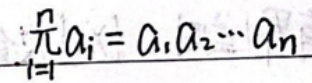
$\prod_{i = 1}^{n}a_{i}=a_{1}a_{2}\cdots a_{n}$